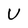
Character: U